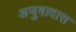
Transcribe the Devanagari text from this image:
अणुवादास